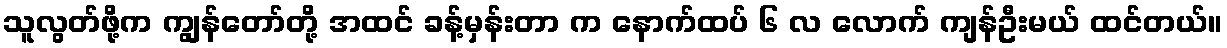
သူလွတ်ဖို့က ကျွန်တော်တို့ အထင် ခန့်မှန်းတာ က နောက်ထပ် ၆ လ လောက် ကျန်ဦးမယ် ထင်တယ်။